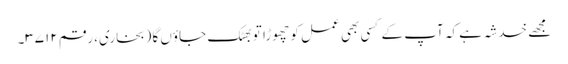
مجھے خدشہ ہے کہ آپ کے کسی بھی عمل کو چھوڑا تو بھٹک جاؤں گا (بخاری، رقم ۳۷۱۲۔